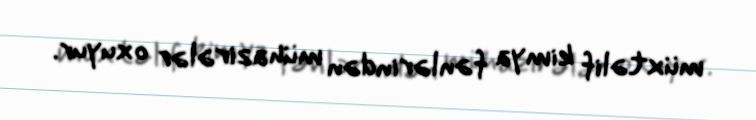
müxtəlif kimya fənlərindən mühazirələr oxuyur.